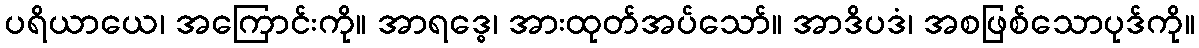
ပရိယာယေ၊ အကြောင်းကို။ အာရဒ္ဓေ၊ အားထုတ်အပ်သော်။ အာဒိပဒံ၊ အစဖြစ်သောပုဒ်ကို။